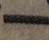
_